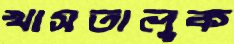
খাসতালুক